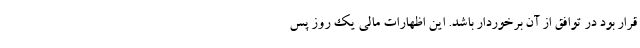
قرار بود در توافق از آن برخوردار باشد. این اظهارات مالی یک روز پس